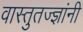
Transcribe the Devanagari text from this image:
वास्तुतज्ज्ञांनी